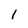
Character: 1